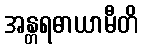
အန္တရဓာယာမီတိ